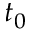
t _ { 0 }